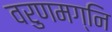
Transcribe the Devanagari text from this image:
वरुणमग्नि